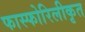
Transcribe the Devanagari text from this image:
फास्फोरिलीकृत